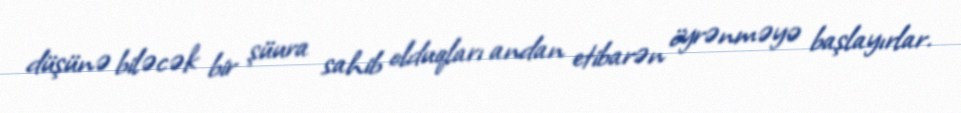
düşünə biləcək bir şüura sahib olduqları andan etibarən öyrənməyə başlayırlar.